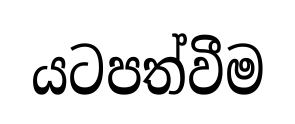
යටපත්වීම